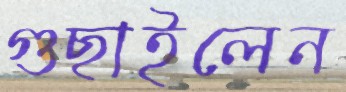
গুছাইলেন